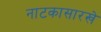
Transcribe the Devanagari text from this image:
नाटकासारखे